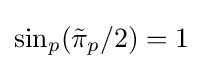
\sin _{p}({\tilde {\pi }}_{p}/2)=1